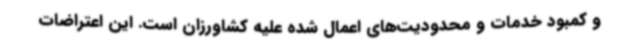
و کمبود خدمات و محدودیت‌های اعمال شده علیه کشاورزان است. این اعتراضات